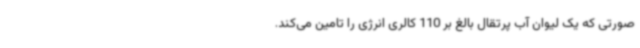
صورتی که یک لیوان آب پرتقال بالغ بر 110 کالری انرژی را تامین می‌کند.